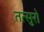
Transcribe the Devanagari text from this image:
तत्सुरो